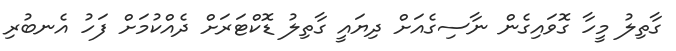
ގާތިލު މީހާ ގޮވައިގެން ނާސިގެއަށް ދިޔައީ ގާތިލު ޑޮކްޓަރަށް ދެއްކުމަށް ފަހު އެނބުރި